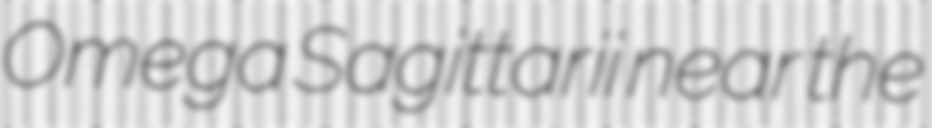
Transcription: Omega Sagittarii near the